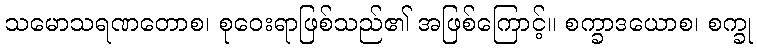
သမောသရဏတောစ၊ စုဝေးရာဖြစ်သည်၏ အဖြစ်ကြောင့်။ စက္ခာဒယောစ၊ စက္ခု